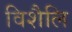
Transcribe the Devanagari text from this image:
विशैलि